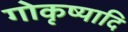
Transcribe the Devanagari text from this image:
गोकृष्यादि